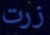
زرت